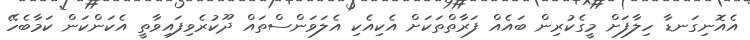
އެއޮނިގަނޑާ ހިލާފަށް މީގެކުރިން ބައެއް ފަރާތްތަކަށް އެކިއެކި އެލަވަންސްތައް ދޫކުރެވިފައިވާތީ އެކަންކަން ކަމާބެހޭ